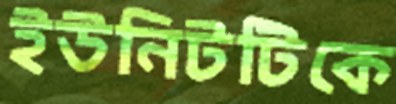
ইউনিটটিকে